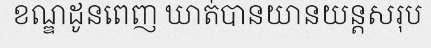
ខណ្ឌដូនពេញ ឃាត់បានយានយន្តសរុប